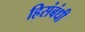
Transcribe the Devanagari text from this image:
हिसंबंधी